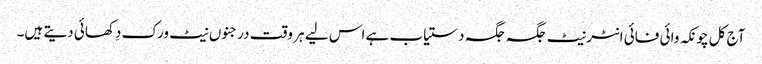
آج کل چونکہ وائی فائی انٹرنیٹ جگہ جگہ دستیاب ہے اس لیے ہر وقت درجنوں نیٹ ورک دِکھائی دیتے ہیں۔